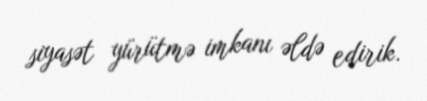
siyasət yürütmə imkanı əldə edirik.